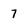
Character: 7